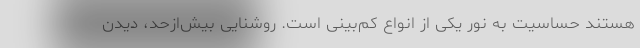
هستند حساسیت به نور یکی از انواع کم‌بینی است. روشناییِ بیش‌ازحد، دیدن